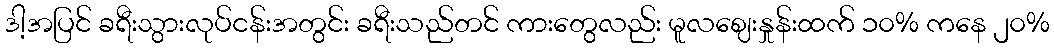
ဒါ့အပြင် ခရီးသွားလုပ်ငန်းအတွင်း ခရီးသည်တင် ကားတွေလည်း မူလဈေးနှုန်းထက် ၁၀% ကနေ ၂၀%